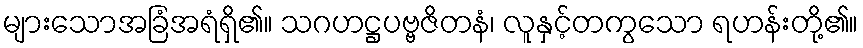
များသောအခြံအရံရှိ၏။ သဂဟဋ္ဌပဗ္ဗဇိတနံ၊ လူနှင့်တကွသော ရဟန်းတို့၏။